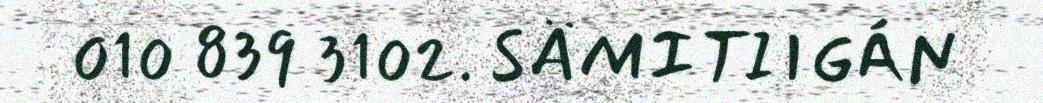
010 839 3102. SÄMITIIGÁN